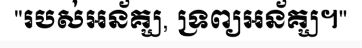
"របស់អន័គ្ឃ, ទ្រព្យអន័គ្ឃ។"